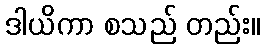
ဒါယိကာ စသည် တည်း။